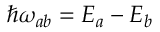
\hbar \omega _ { a b } = E _ { a } - E _ { b }